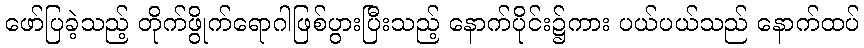
ဖော်ပြခဲ့သည့် တိုက်ဖွိုက်ရောဂါဖြစ်ပွားပြီးသည့် နောက်ပိုင်း၌ကား ပယ်ပယ်သည် နောက်ထပ်